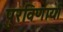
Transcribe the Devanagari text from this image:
पुरविणार्या